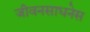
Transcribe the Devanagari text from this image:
जीवनसाधनेस